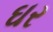
ઘર